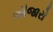
ઔજારો